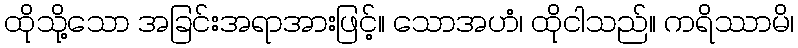
ထိုသို့သော အခြင်းအရာအားဖြင့်။ သောအဟံ၊ ထိုငါသည်။ ကရိဿာမိ၊